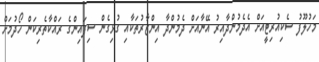
މަހުލޫފު ސެކިއުރިޓީއަށް އެދެމުންދާއިރު އޭނާއަށް ދެމުންދާ އިންޒާރުތަކާއި ގުޅިގެން ސިފައިންގެ ރައްކާތެރިކަން ހޯދުމަށް